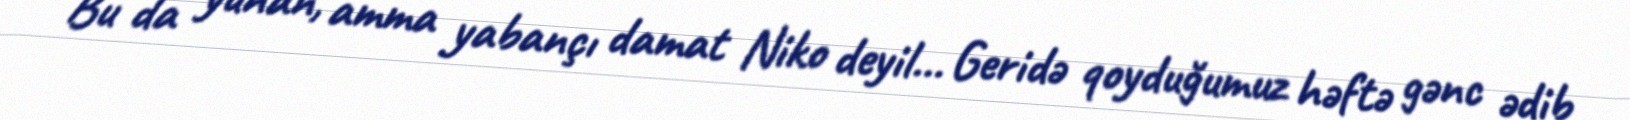
Bu da yunan, amma yabançı damat Niko deyil... Geridə qoyduğumuz həftə gənc ədib